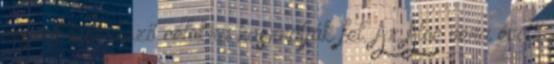
részeit különböző célokra használják fel. Az Aloe vera évelő